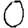
Digit: 0